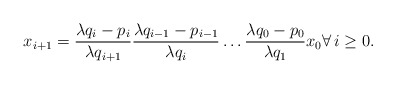
\begin{align*}x_{i+1}=\frac{\lambda q_i-p_i}{\lambda q_{i+1}}\frac{\lambda q_{i-1}-p_{i-1}}{\lambda q_i}\ldots \frac{\lambda q_0-p_0}{\lambda q_1}x_0 \forall\,i\ge 0.\end{align*}